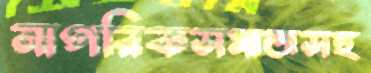
নাগরিকসমাজসহ